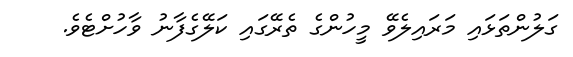
ގަލުންތަޅައި މަރައިލެވޭ މީހުންގެ ތެރޭގައި ކަލޭގެފާނު ވާހުށްޓެވެ.